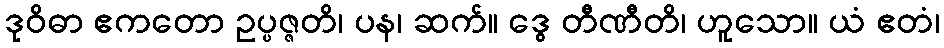
ဒုဝိဓာ ဧကတော ဥပ္ပဇ္ဇတိ၊ ပန၊ ဆက်။ ဒွေ တီဏီတိ၊ ဟူသော။ ယံ ဧတံ၊